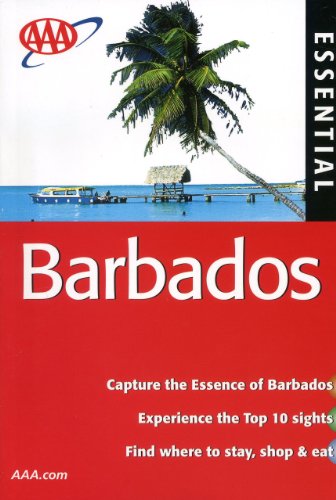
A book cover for AAA Essential Barbados (AAA Essential Guides: Barbados); Lee Stow; Travel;